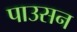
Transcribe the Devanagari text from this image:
पाउसन